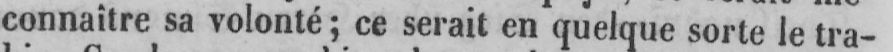
connaître sa volonté; ce serait en quelque sorte le tra-